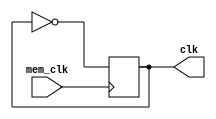
module clock_2_half(mem_clk, clk);
input mem_clk;
output reg clk;

reg counter;

always @(posedge mem_clk)
begin
	clk <= ~clk;
end
endmodule